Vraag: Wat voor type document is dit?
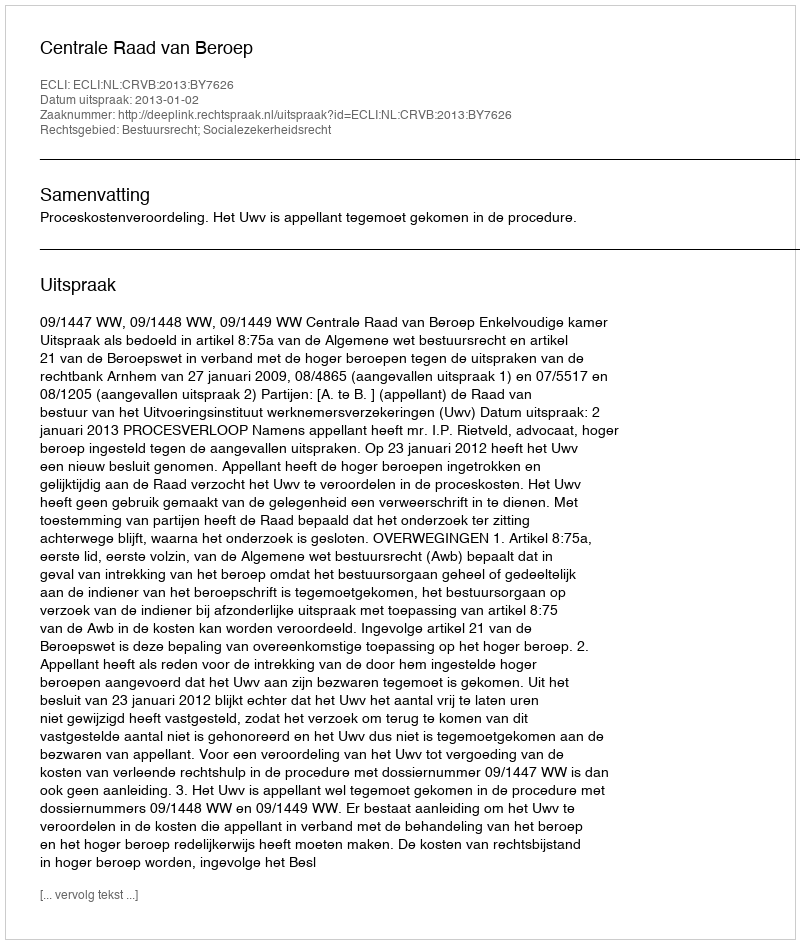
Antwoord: Uitspraak